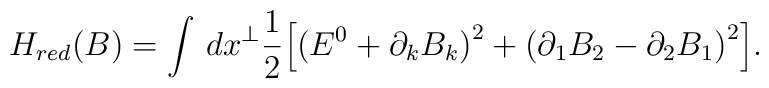
H_{red}(B)=\int\, dx^\perp \frac{1}{2}\Big[\big(E^0+\partial_k B_k\big)^2+\big(\partial_1B_2-\partial_2 B_1\big)^2\Big].